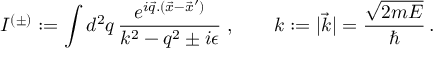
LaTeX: I ^ { ( \pm ) } : = \int d ^ { 2 } q \, \frac { e ^ { i \vec { q } . ( \vec { x } - \vec { x } ^ { \prime } ) } } { k ^ { 2 } - q ^ { 2 } \pm i \epsilon } \; , ~ ~ ~ ~ ~ ~ k : = | \vec { k } | = \frac { \sqrt { 2 m E } } { \hbar } \, .